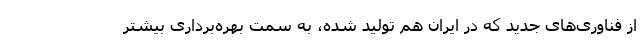
از فناوری‌های جدید که در ایران هم تولید شده، به سمت بهره‌برداری بیشتر